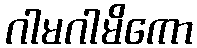
ဂါမဂါမိကော